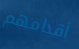
أقدامهم